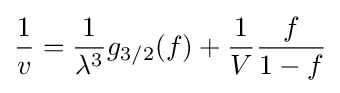
{\frac {1}{v}}={\frac {1}{\lambda ^{3}}}g_{3/2}(f)+{\frac {1}{V}}{\frac {f}{1-f}}